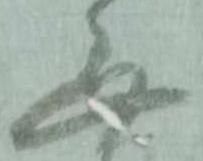
無